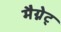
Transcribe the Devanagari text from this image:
मैग्नेट्